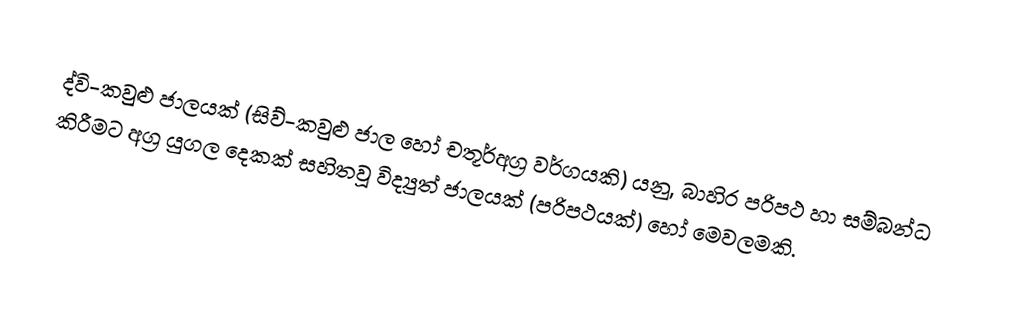
ද්වි-කවුළු ජාලයක් (සිව්-කවුළු ජාල හෝ  චතූර්අග්‍ර වර්ගයකි) යනු, බාහිර පරිපථ හා සම්බන්ධ කිරීමට අග්‍ර   යුගල  දෙකක් සහිතවූ   විද්‍යුත් ජාලයක් (පරිපථයක්) හෝ මෙවලමකි.